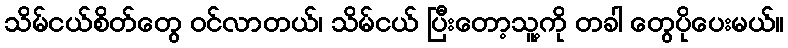
သိမ်ငယ်စိတ်တွေ ဝင်လာတယ်၊ သိမ်ငယ် ပြီးတော့သူ့ကို တခါ တွေပိုပေးမယ်။